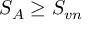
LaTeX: S _ { A } \geq S _ { v n }